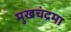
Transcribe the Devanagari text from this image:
मुखचंद्रमा